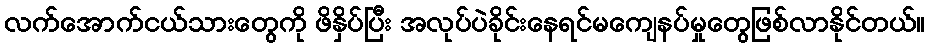
လက်အောက်ငယ်သားတွေကို ဖိနှိပ်ပြီး အလုပ်ပဲခိုင်းနေရင်မကျေနပ်မှုတွေဖြစ်လာနိုင်တယ်။